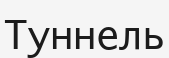
Туннель